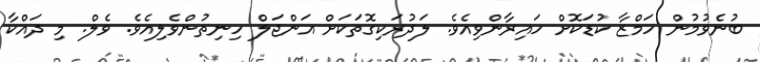
ބުނެވުމުން ހަމްޒާާ ކުޑަކޮށް ހައިރާންވިއެވެ. ލަދުރަކިގޮތަކަށް އަންޖަލް ހިނިތުންވެލިއެވެ. ވެލް. މި ދައްކާ